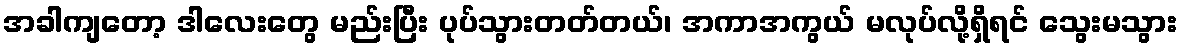
အခါကျတော့ ဒါလေးတွေ မည်းပြီး ပုပ်သွားတတ်တယ်၊ အကာအကွယ် မလုပ်လို့ရှိရင် သွေးမသွား